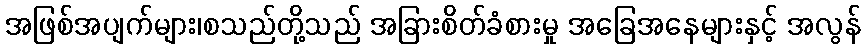
အဖြစ်အပျက်များ၊စသည်တို့သည် အခြားစိတ်ခံစားမှု အခြေအနေများနှင့် အလွန်